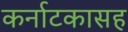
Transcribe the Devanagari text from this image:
कर्नाटकासह